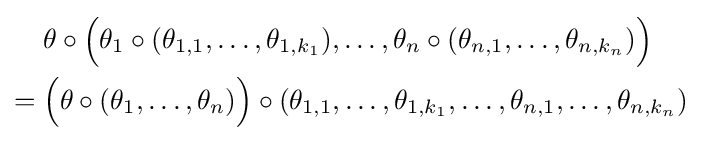
{\begin{aligned}&\theta \circ {\Big (}\theta _{1}\circ (\theta _{1,1},\ldots ,\theta _{1,k_{1}}),\ldots ,\theta _{n}\circ (\theta _{n,1},\ldots ,\theta _{n,k_{n}}){\Big )}\\={}&{\Big (}\theta \circ (\theta _{1},\ldots ,\theta _{n}){\Big )}\circ (\theta _{1,1},\ldots ,\theta _{1,k_{1}},\ldots ,\theta _{n,1},\ldots ,\theta _{n,k_{n}})\end{aligned}}